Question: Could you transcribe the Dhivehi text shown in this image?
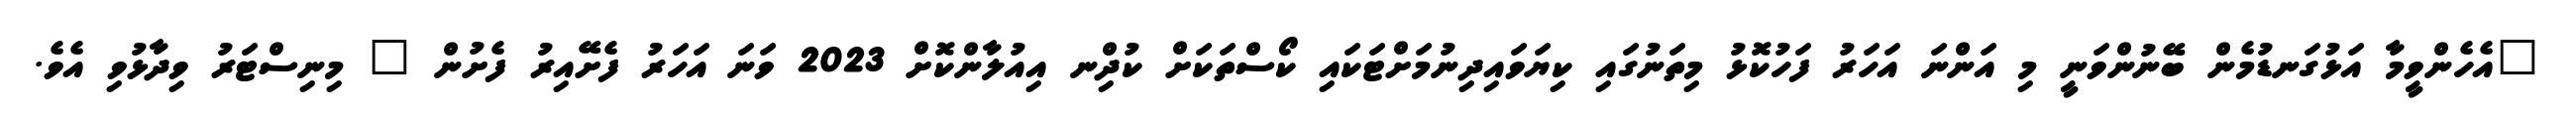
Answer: "އެހެންވީމާ އަޅުގަނޑުމެން ބޭނުންވަނީ މި އަންނަ އަހަރު ފަހުކޮޅު މިތަނުގައި ކިޔަވައިދިނުމަށްޓަކައި ކޯސްތަކަށް ކުދިްނ އިއުލާންކޮށް 2023 ވަނަ އަހަރު ފެށޭއިރު ފެށުން " މިނިސްޓަރު ވިދާޅުވި އެވެ.